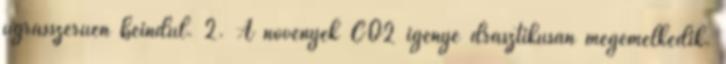
ugrásszerűen beindul. 2. A növények CO2 igénye drasztikusan megemelkedik.